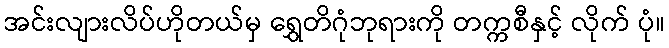
အင်းလျားလိပ်ဟိုတယ်မှ ရွှေတိဂုံဘုရားကို တက္ကစီနှင့် လိုက် ပုံ။